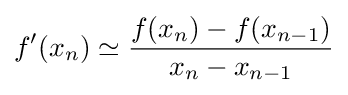
f'(x_{n})\simeq {\frac {f(x_{n})-f(x_{n-1})}{x_{n}-x_{n-1}}}